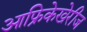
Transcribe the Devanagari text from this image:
आफ्रिकेखेरीज